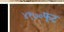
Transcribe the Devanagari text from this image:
४१७०फूट